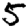
Digit: 5